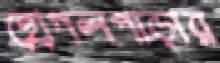
হোগলপাড়ার